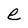
Character: e